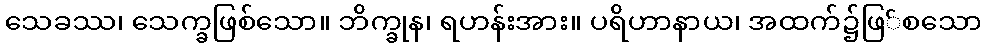
သေခဿ၊ သေက္ခဖြစ်သော။ ဘိက္ခုန၊ ရဟန်းအား။ ပရိဟာနာယ၊ အထက်၌ဖြ်စသော